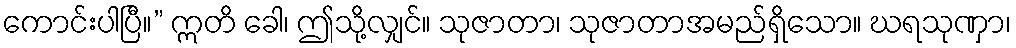
ကောင်းပါပြီ။” ဣတိ ခေါ၊ ဤသို့လျှင်။ သုဇာတာ၊ သုဇာတာအမည်ရှိသော။ ဃရသုဏှာ၊